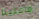
ماعلينا